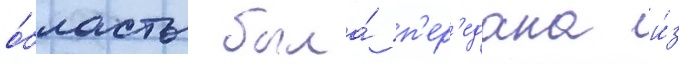
о́бласть была́ п'ер'едана и́з